Statistical return of the lunatic asylum in Assam - 1912-1932
Year: 1912
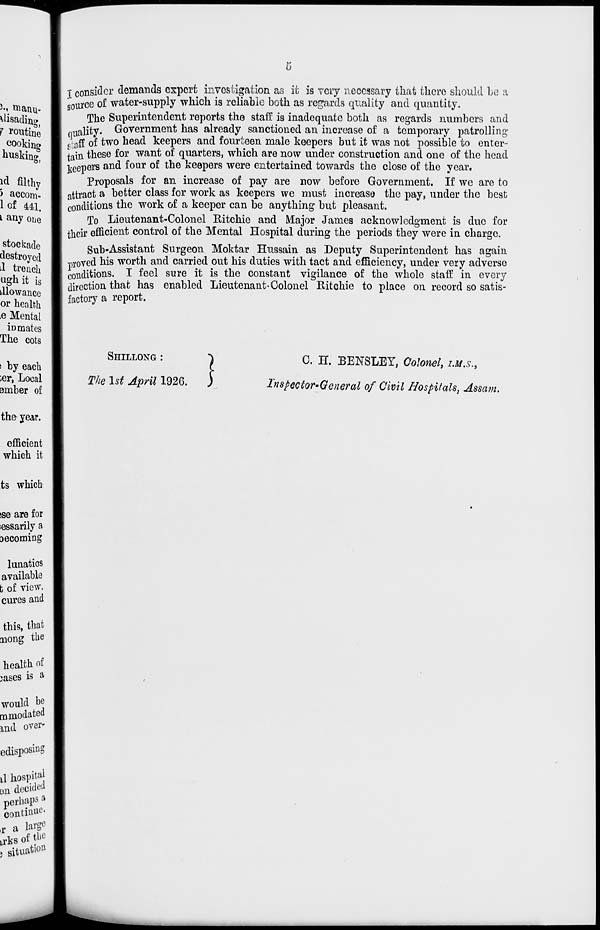
T consider demands expert investigation as it is very necessary that there should be a
source of water-supply which is reliable both as regards quality and quantity.
The Superintendent reports the staff is inadequate both as regards numbers and
duality. Government has already sanctioned an increase of a temporary patrolling
staff of two head keepers and fourteen male keepers but it was not possible to enter-
Jain these for want of quarters, which are now under construction and one of the head
keepers and four of the keepers were entertained towards the close of the year.
Proposals for an increase of pay are now before Government. If we are to
attract a better class for work as keepers we must increase the pay, under the best
conditions the work of a keeper can be anything but pleasant.
To Lieutenant-Colonel Ritchie and Major James acknowledgment is due for
their efficient control of the Mental Hospital during the periods they were in charge.
Sub-Assistant Surgeon Moktar Hussain as Deputy Superintendent has again
proved his worth and carried out his duties with tact and efficiency, under very adverse
conditions. I feel sure it is the constant vigilance of the whole staff in every
direction that has enabled Lieutenant- Colonel Ritchie to place on record so satis-
factory a report.
SHILLONG :
The 1st April 1926 .}
C. H. BENSLEY, Colonel, I.M.S.,
Inspector-General of Civil Hospitals, Assam,